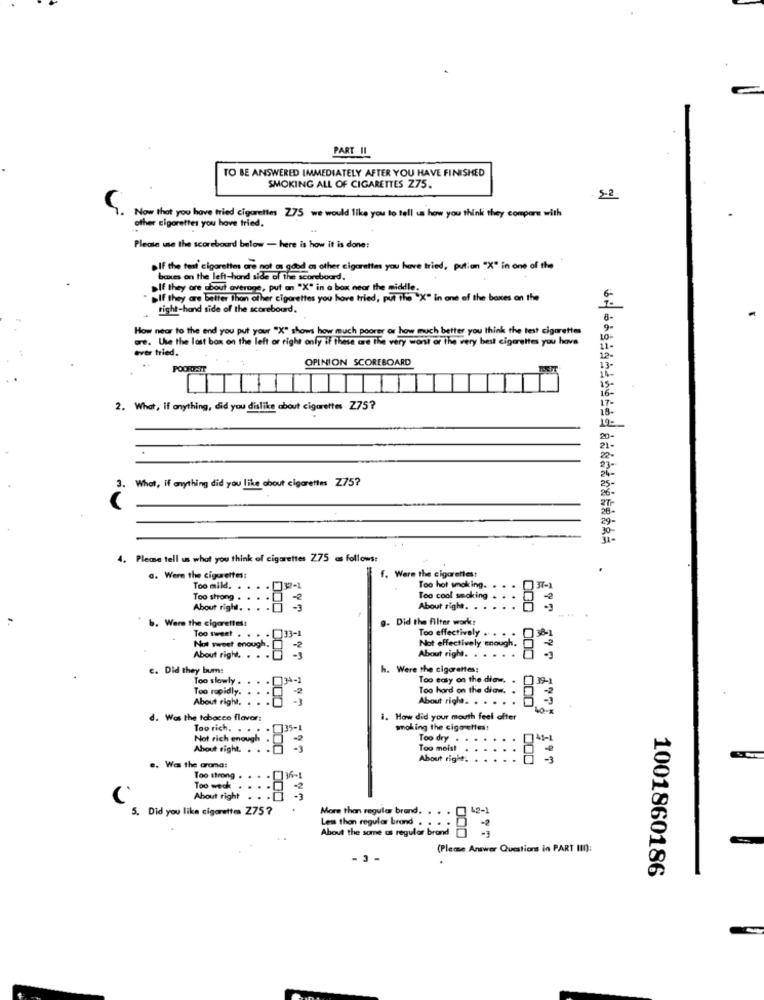
PART II
TO BE ANSWERED IMMEDIATELY AFTER YOU HAVE FINISHED
SMOKING ALL OF CIGARETTES Z75.
.5-2
Now that you have tried cigarettes Z75 we would like you to tell us how you think they compare with
other cigarettes you have tried.
Please use the scoreboard below - here is how it is done:
.If the test' cigarettes are not as good as other cigarettes you have tried, pution "X" in one of the
boxes on the left-hand side of the scoreboard.
If they are about average, put an "X" in a box near the middle.
»If they are better than other cigarettes you have tried, put the "X" in one of the boxes on the
right-hand side of the scoreboard.
How near to the end you put your "X" shows how much poorer or how much better you think the test cigarettes
9-
are. Use the last box on the left or right only if these are the very worst or the very best cigarettes you have
ever tried.
11-
OPINION SCOREBOARD
POOROFATT
13-
T
15-
16-
2. What, if anything, did you dislike about cigarettes Z75?
18-
20-
What, If anything did you like about cigarettes Z75?
3.
4. Pleme tell us what you think of cigarettes Z75 as follows:
f. Were the cigarettes
a. Were the cigarettes:
Too mild.
.032-1
Too hot smoking. .
Too strong . . . .
Too cool smoking .
About right.
About right. . . .
000
b. Were the cigarettes!
9. Did the filter work!
Too sweet . . . . [ 33-1
. 33-1
Too effectively . . .
Not sweet enough.[
Not effectively enough.
1 3
About right. . .
About right. . . .
c. Did they bum:
h. Were the cigarettes:
Too slowly . . . . [34-1
Too easy on the diaw.
39-
Too rapidly.
Too hard on the diaw. .
About right.
About right. . . .
.
d. Was the tobacco flavor:
i. How did your mouth feel efter
Too rich. . . . . []35-1
035-1
moking the cigarettes!
Too dry .
..
About right. . .
Not rich enough . 2
Too moist
About right.
.. Was the aroma:
Too strong .
736-1
Too weck
.. 0 2
About right .
5. Did you like cigarettes Z75?
More than regular brand. . .
Less than regular brond . . .
About the same as regular brond
000
(Pleme Answer Questions in PART III):
1001860186